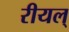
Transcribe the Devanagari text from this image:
रीयल्